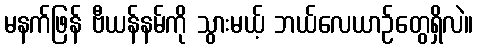
မနက်ဖြန် ဗီယန်နမ်ကို သွားမယ့် ဘယ်လေယာဉ်တွေရှိလဲ။